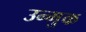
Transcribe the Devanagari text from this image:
उन्मुक